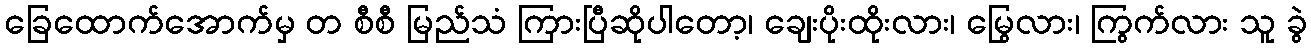
ခြေထောက်အောက်မှ တ စီစီ မြည်သံ ကြားပြီဆိုပါတော့၊ ချေးပိုးထိုးလား၊ မြွေလား၊ ကြွက်လား သူ ခွဲ